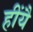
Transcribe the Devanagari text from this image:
हींयै